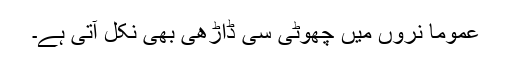
عموماً نروں میں چھوٹی سی ڈاڑھی بھی نکل آتی ہے۔